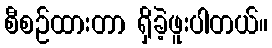
စီစဉ်ထားတာ ရှိခဲ့ဖူးပါတယ်။